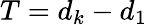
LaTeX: T=d_{k}-d_{1}